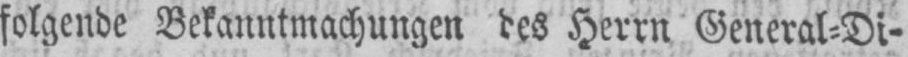
Herrn General⸗Di-